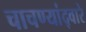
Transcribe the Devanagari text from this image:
चाचण्यांद्वारे